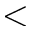
<